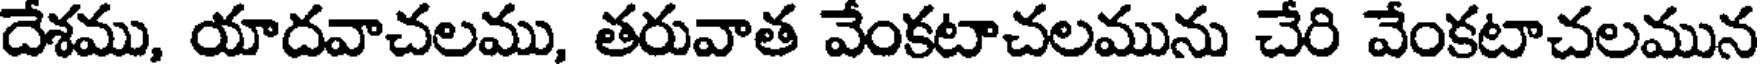
దేశము, యాదవాచలము, తరువాత వేంకటాచలమును చేరి వేంకటాచలమున